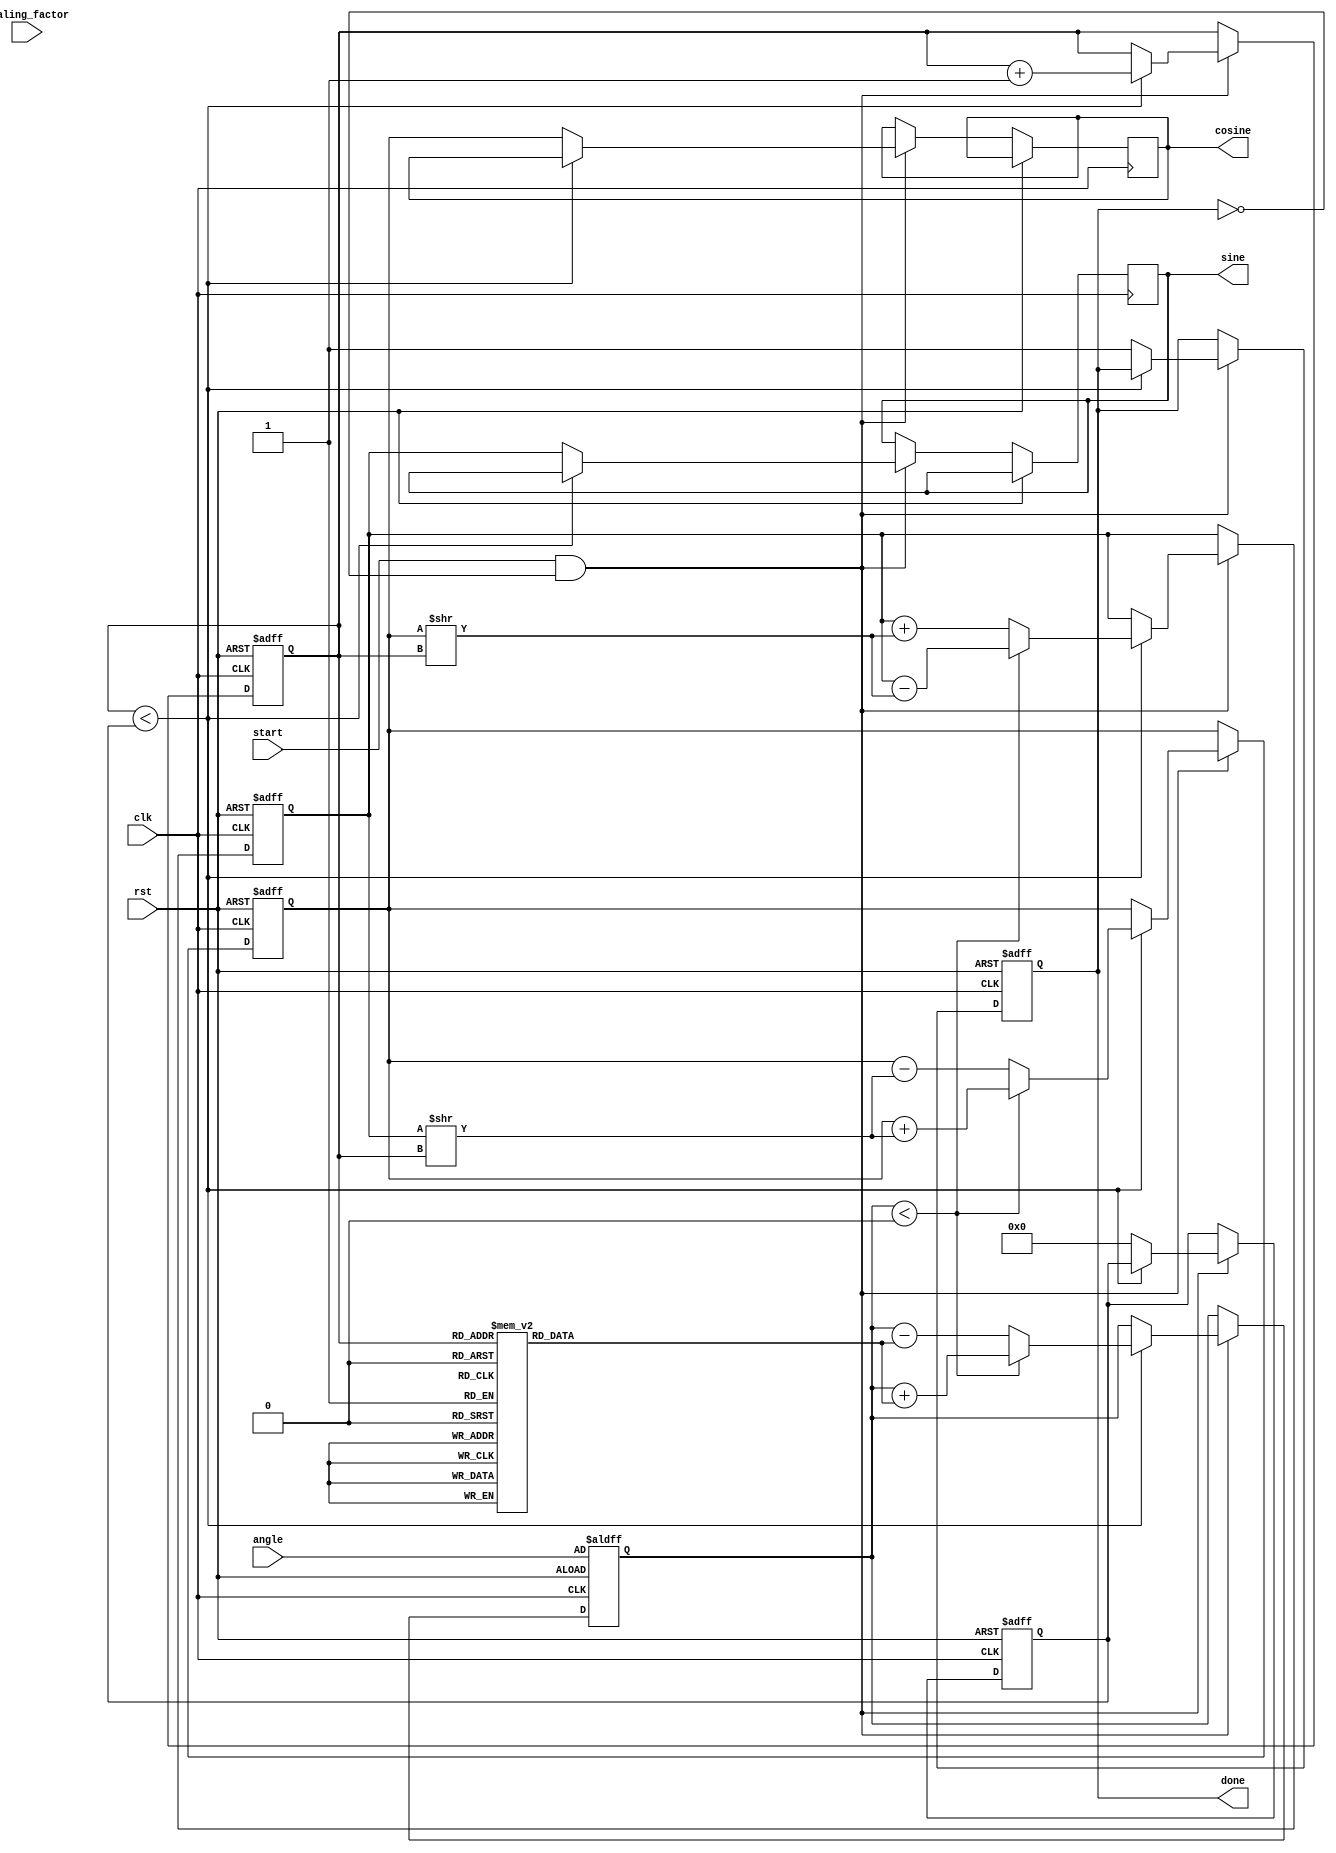
module adaptive_cordic (
    input wire clk,
    input wire rst,
    input wire [31:0] angle, // Input angle in fixed-point format
    input wire [31:0] scaling_factor, // Scaling factor
    input wire start,
    output reg [31:0] sine, // Output sine value
    output reg [31:0] cosine, // Output cosine value
    output reg done // Operation complete signal
);

    // CORDIC parameters
    parameter NUM_ITERATIONS = 16; // Maximum number of iterations
    reg [31:0] angle_table [0:NUM_ITERATIONS-1]; // Precomputed arctangent values
    reg [31:0] x, y, z; // CORDIC variables
    reg [3:0] iteration; // Current iteration count
    reg [3:0] num_iterations; // Adaptive number of iterations
    reg adaptive_done; // Flag for adaptive completion

    // Initialize the angle table with arctangent values
    initial begin
        angle_table[0] = 32'h00000000; // atan(0)
        angle_table[1] = 32'h0000003F; // atan(1/2^1)
        angle_table[2] = 32'h00000020; // atan(1/2^2)
        angle_table[3] = 32'h00000015; // atan(1/2^3)
        // Fill in the rest of the angle table...
    end

    // Control unit
    always @(posedge clk or posedge rst) begin
        if (rst) begin
            x <= 32'h00000001; // Initial x value (1)
            y <= 32'h00000000; // Initial y value (0)
            z <= angle; // Load input angle
            iteration <= 0;
            num_iterations <= NUM_ITERATIONS; // Start with maximum iterations
            done <= 0;
            adaptive_done <= 0;
        end else if (start && !done) begin
            if (iteration < num_iterations) begin
                // CORDIC rotation logic
                if (z < 0) begin
                    // Rotate clockwise
                    x <= x + (y >> iteration);
                    y <= y - (x >> iteration);
                    z <= z + angle_table[iteration];
                end else begin
                    // Rotate counter-clockwise
                    x <= x - (y >> iteration);
                    y <= y + (x >> iteration);
                    z <= z - angle_table[iteration];
                end
                iteration <= iteration + 1;
            end else begin
                // Adaptive mechanism to determine the number of iterations
                // Here you can implement your logic for adjusting num_iterations
                // based on the precision required or convergence criteria.

                // For simplicity, we will just set it to the maximum iterations
                num_iterations <= NUM_ITERATIONS; // Adjust as needed

                // Output the results
                sine <= y;
                cosine <= x;
                done <= 1;
                adaptive_done <= 1;
            end
        end
    end

endmodule